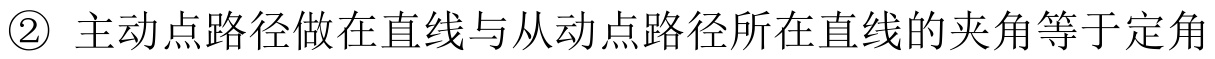
\textcircled{2} 主动点路径所在直线与从动点路径所在直线的夹角等于定角